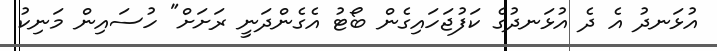
އުޅަނދު އެ ދެ އުޅަނދުގެ ކަފުޖަހައިގެން ބޯޓު އެގެންދަނީ ރަށަށް" ހުސައިން މަނިކު